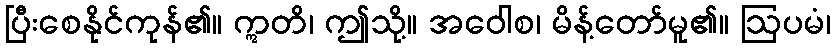
ပြီးစေနိုင်ကုန်၏။ ဣတိ၊ ဤသို့။ အဝေါစ၊ မိန့်တော်မူ၏။ ဩပမံ၊